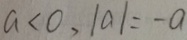
a < 0 , \vert a \vert = - a